Report of the King Institute of Preventive Medicine, Guindy
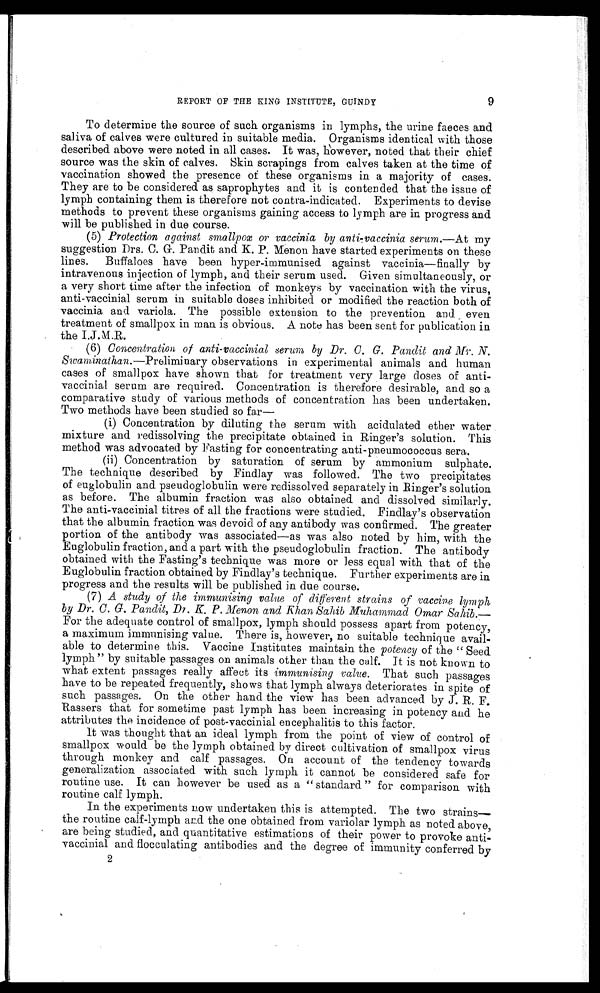
9
REPORT OF THE RING INSTITUTE, GUINDY
To determine the source of such organisms in lymphs, the urine faeces and.
saliva of calves were cultured in suitable media. Organisms identical with those
described above were noted in all cases. It was, however, noted that their chief
source was the skin of calves. Skin scrapings from calves taken at the time of
vaccination showed the presence of these organisms in a majority of cases.
They are to be considered. as saprophytes and it is contended that the issue of
lymph containing them is therefore not contra-indicated. Experiments to devise
methods to prevent these organisms gaining access to lymph are in progress and
will be published in due course.
(5) Protection against smallpox or vaccinia by anti-vaccinia serum.—At my
suggestion Drs. C. G. Pandit and K. P. Menon have started experiments on these
lines. Buffaloes have been hyper-immunised against vaccinia—finally by
intravenous injection of lymph, and their serum used. Given simultaneously, or
a very short time after the infection of monkeys by vaccination with the virus,
anti-vaccinial serum, in suitable doses inhibited or modified the reaction both of
vaccinia and variola. The possible extension to the prevention and even
treatment of smallpox in man is obvious. A note has been sent for publication in
the
(6) Concentration or anti-vaccinial serum by Dr. C. G. Pandit and Mr. N.
Swaminathan.—Preliminary observations in experimental animals and human
cases of smallpox have shown that for treatment very large doses of anti-
vaccinial serum are required. Concentration is therefore desirable, and so a
comparative study of various methods of concentration has been undertaken.
Two methods have been studied so far
—
(i) Concentration by diluting the serum with acidulated ether water
mixture and redissolving the precipitate obtained in Ringer's solution. This
method was advocated by Fasting for concentrating anti-pneumococcus sera.
(ii) Concentration by saturation of serum by ammonium sulphate.
The technique described by Findlay was followed. The two precipitates
of euglobulin and pseudoglobulin were redissolved separately in Ringer's solution
as before. The albumin fraction was also obtained and dissolved similarly.
The anti-vaccinial titres of all the fractions were studied. Findlay's observation
that the albumin fraction was devoid of any antibody was confirmed. The greater
portion of the antibody was associated—as was also noted by him, with the
Euglobulin fraction, and a part with the pseudoglobulin fraction. The antibody
obtained with the Fasting's technique was more or less equal with that of the
Euglobulin fraction obtained by Findlay's technique. Further experiments are in
progress and the results will be published in due course.
(7) A study of the immunising value of different strains of vaccine lymph
by Dr. C. G. Pandit, Dr. K. P. Menon and Khan Sahib Muhammad Omar Sahib.—
For the adequate control of smallpox, lymph should possess apart from potency,
a maximum immunising value. There is, however, no suitable technique avail--
able to determine this. Vaccine Institutes maintain the potency of the " Seed
lymph " by suitable passages on animals other than the calf. It is not known to
what extent passages really affect its immunising value. That such passages
have to be repeated frequently, shows that lymph always deteriorates in spite of
such passages. On the other hand the view has been advanced by J. R. F.
Rassers that for sometime past lymph has been increasing in potency and he
attributes the incidence of post-vaccinial encephalitis to this factor.
It was thought that an ideal lymph from the point of view of control of
smallpox would be the lymph obtained by direct cultivation of smallpox virus
through monkey and calf passages. On account of the tendency towards
generalization associated with such lymph it cannot be considered safe for
routine use. It can however be used as a " standard " for comparison with
routine calf lymph.
In the experiments now undertaken this is attempted. The two strains—
the routine calf-lymph and the one obtained from variolar lymph as noted above,
are being studied, and quantitative estimations of their power to provoke anti-
-vaccinial and flocculating antibodies and the degree of immunity conferred by
2